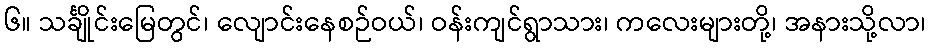
၆။ သင်္ချိုင်းမြေတွင်၊ လျောင်းနေစဉ်ဝယ်၊ ဝန်းကျင်ရွာသား၊ ကလေးများတို့၊ အနားသို့လာ၊